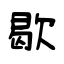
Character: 歇